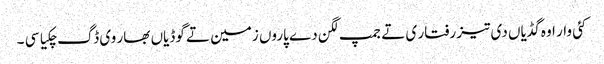
کئی وار اوہ گڈیاں دی تیز رفتار ی تے جمپ لگن دے پاروں زمین تے گوڈیاں بھار وی ڈگ چکیا سی ۔